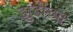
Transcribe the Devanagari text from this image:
झुंडींच्या